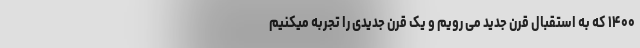
۱۴۰۰ که به استقبال قرن جدید می رویم و یک قرن جدیدی را تجربه میکنیم